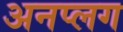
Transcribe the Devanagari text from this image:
अनप्लग